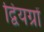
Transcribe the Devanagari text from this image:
द्वियग्रों